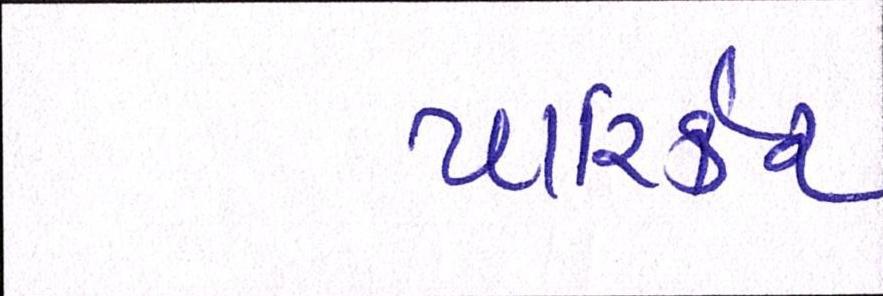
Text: પારિર્કર